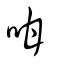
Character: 咁